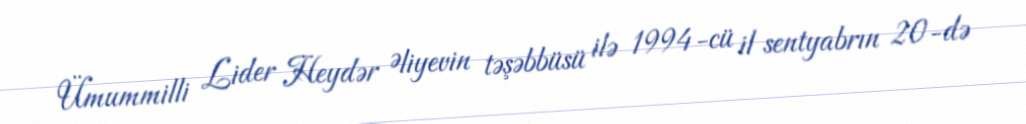
Ümummilli Lider Heydər Əliyevin təşəbbüsü ilə 1994-cü il sentyabrın 20-də